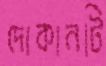
দোকানটি